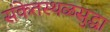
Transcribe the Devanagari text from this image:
संकेतस्थळसुद्धा